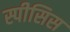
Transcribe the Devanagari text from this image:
स्पीसिस